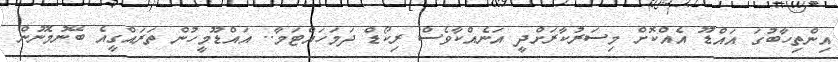
އިންތިހާބުގަ އައްޑޫ އެއްކޮށް މިސަރުކާރަށްދީ އަނެއްކާވެސް ރިކޯޑް ދަމަހައްޓަމާ.. އައްޑޫމީހުން ތަރައްގީއެ ބޭނުމެނޫން